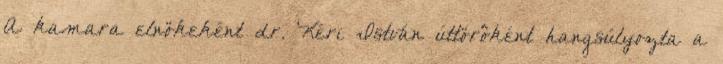
A kamara elnökeként dr. Kéri István úttörôként hangsúlyozta a